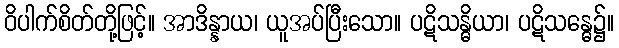
ဝိပါက်စိတ်တို့ဖြင့်။ အာဒိန္နာယ၊ ယူအပ်ပြီးသော။ ပဋိသန္ဓိယာ၊ ပဋိသန္ဓေ၌။